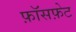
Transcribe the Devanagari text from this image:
फ़ॉसफ़ेट